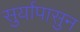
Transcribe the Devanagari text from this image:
सुर्यापासुन